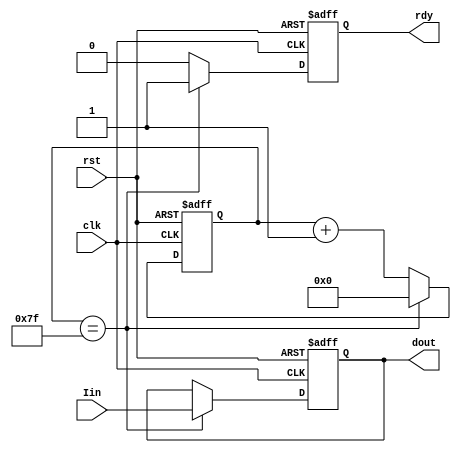
/*
	2023.12.11 
		
	Decimate.v
:	Bit
	Mul_CIC
:	
	Decimate
		CICSigma-Delta,128

	231211 
*/

//
module Decimate(
	rst,clk,Iin,
	dout,rdy
);

input	rst;	//
input	clk;	//512KHz
input	signed[43:0] Iin;	//
output	signed[43:0] dout;	//
output	rdy;	//

reg [6:0] c;	//
reg signed [43:0] dout_tem;	//
reg rdy_tem;
always@(posedge clk or posedge rst)
	if(rst)
		begin
			c = 7'd0;
			dout_tem <= 44'd0;
			rdy_tem <= 1'b0;
		end
	else
		begin
			if(c==7'd127)	//128127
				begin
					rdy_tem <= 1'b1;
					dout_tem <= Iin;
					c =7'd0;
				end
			else
				begin
					rdy_tem <= 1'b0;
					c=c+1;
				end
		end
assign dout = dout_tem;
assign rdy	= rdy_tem;



endmodule